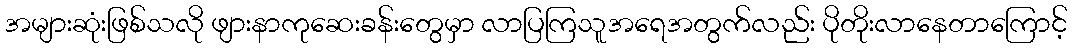
အများဆုံးဖြစ်သလို ဖျားနာကုဆေးခန်းတွေမှာ လာပြကြသူအရေအတွက်လည်း ပိုတိုးလာနေတာကြောင့်